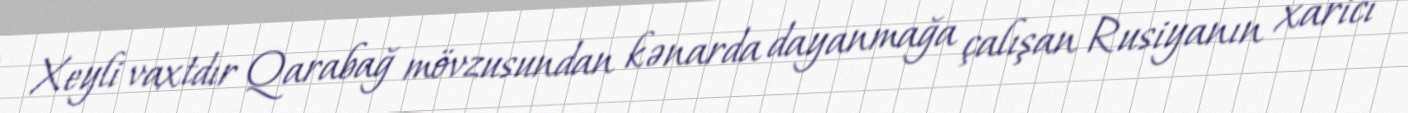
Xeyli vaxtdır Qarabağ mövzusundan kənarda dayanmağa çalışan Rusiyanın xarici